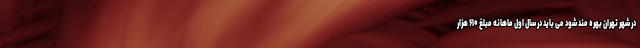
در شهر تهران بهره مند شود می باید در سال اول ماهانه مبلغ ۶۱۰ هزار